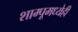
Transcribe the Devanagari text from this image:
शाम्पूमध्येही